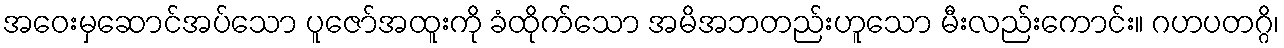
အဝေးမှဆောင်အပ်သော ပူဇော်အထူးကို ခံထိုက်သော အမိအဘတည်းဟူသော မီးလည်းကောင်း။ ဂဟပတဂ္ဂိ၊